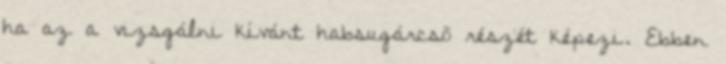
ha az a vizsgálni kívánt habsugárcsõ részét képezi. Ebben